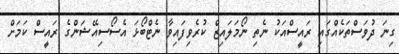
ގިނަ ދުވަސްތަކެއްގައި ރައީސްއަކު ނެތި ނޯމަލައިޒް ކުރެވިފައިވާ ނެޓްބޯޅަ އެސޯސިއޭޝަންގެ ރައީސް ކަމަށް